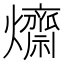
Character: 𤒱